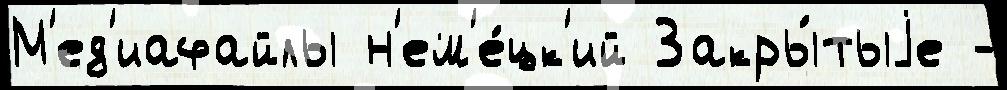
М'ед'иафайлы н'ем'е́цк'ий Закры́тыjе -